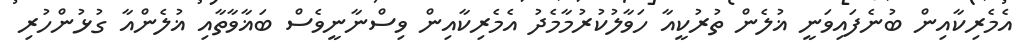
އެމެރިކާއިން ބުނެފައިވަނީ ޣުލެން ތުރުކީއާ ހަވާލުކުރުމާމެދު އެމެރިކާއިން ވިސްނާނީވެސް ބަޣާވާތާއި ޣުލެންއާ ގުޅުންހުރި